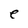
Character: e